Report of the Municipal Commissioner on the plague in Bombay for the year ending 31st May... - Volume 3
Disease focus: Plague
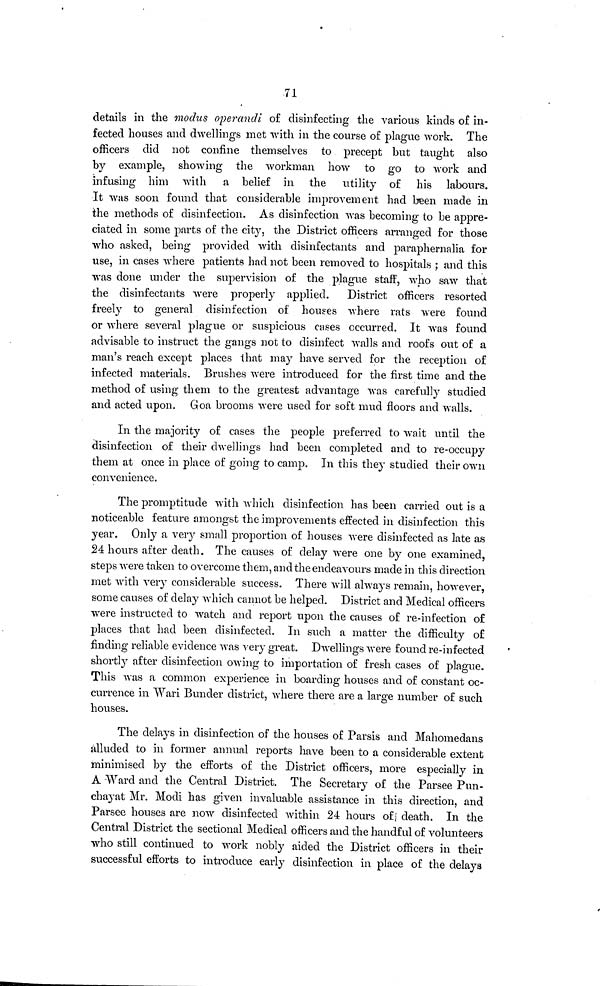
71
details in the modus operandi of disinfecting the various kinds of in-
fected houses and dwellings met with in the course of plague work. The
officers did not confine themselves to precept but taught also
by example, showing the workman how to go to work and
infusing him with a belief in the utility of his labours.
It was soon found that considerable improvement had been made in
the methods of disinfection. As disinfection was becoming to be appre-
ciated in some parts of the city, the District officers arranged for those
who asked, being provided with disinfectants and paraphernalia for
use, in cases where patients had not been removed to hospitals ; and this
was done under the supervision of the plague staff, who saw that
the disinfectants were properly applied. District officers resorted
freely to general disinfection of houses where rats were found
or where several plague or suspicious cases occurred. It was found
advisable to instruct the gangs not to disinfect walls and roofs out of a
man's reach except places that may have served for the reception of
infected materials. Brushes were introduced for the first time and the
method of using them to the greatest advantage was carefully studied
and acted upon. Goa brooms were used for soft mud floors and walls.
In the majority of cases the people preferred to wait until the
disinfection of their dwellings had been completed and to re-occupy
them at once in place of going to camp. In this they studied their own
convenience.
The promptitude with which disinfection has been carried out is a
noticeable feature amongst the improvements effected in disinfection this
year. Only a very small proportion of houses were disinfected as late as
24 hours after death. The causes of delay were one by one examined,
steps were taken to overcome them, and the endeavours made in this direction
met with very considerable success. There will always remain, however,
some causes of delay which cannot be helped. District and Medical officers
were instructed to watch and report upon the causes of re-infection of
places that had been disinfected. In such a matter the difficulty of
finding reliable evidence was very great. Dwellings were found re-infected
shortly after disinfection owing to importation of fresh cases of plague.
This was a common experience in boarding houses and of constant oc-
currence in Wari Bunder district, where there are a large number of such
houses.
The delays in disinfection of the houses of Parsis and Mahomedans
alluded to in former annual reports have been to a considerable extent
minimised by the efforts of the District officers, more especially in
A Ward and the Central District. The Secretary of the Parsee Pun-
chayat Mr. Modi has given invaluable assistance in this direction, and
Parsee houses are now disinfected within 24 hours of] death. In the
Central District the sectional Medical officers and the handful of volunteers
who still continued to work nobly aided the District officers in their
successful efforts to introduce early disinfection in place of the delays